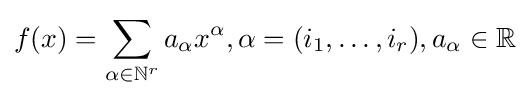
f(x)=\sum _{\alpha \in \mathbb {N} ^{r}}a_{\alpha }x^{\alpha },\alpha =(i_{1},\ldots ,i_{r}),a_{\alpha }\in \mathbb {R}